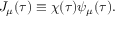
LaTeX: { \cal J } _ { \mu } ( \tau ) \equiv \chi ( \tau ) \psi _ { \mu } ( \tau ) .